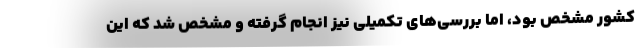
کشور مشخص بود، اما بررسی‌های تکمیلی نیز انجام گرفته و مشخص شد که این